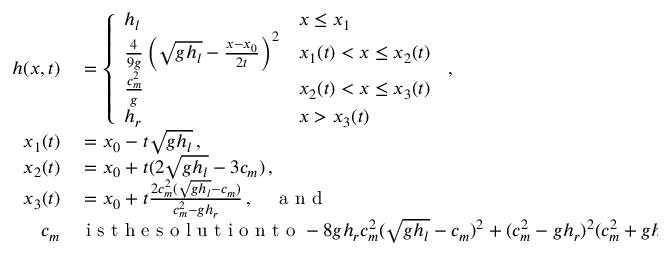
\begin{array} { r l } { h ( x , t ) } & { { } = \left\{ \begin{array} { l l } { h _ { l } } & { x \leq x _ { 1 } } \\ { \frac { 4 } { 9 g } \left( \sqrt { g h _ { l } } - \frac { x - x _ { 0 } } { 2 t } \right) ^ { 2 } } & { x _ { 1 } ( t ) < x \leq x _ { 2 } ( t ) } \\ { \frac { c _ { m } ^ { 2 } } { g } } & { x _ { 2 } ( t ) < x \leq x _ { 3 } ( t ) } \\ { h _ { r } } & { x > x _ { 3 } ( t ) } \end{array} \right. \, , } \\ { x _ { 1 } ( t ) } & { { } = x _ { 0 } - t \sqrt { g h _ { l } } \, , } \\ { x _ { 2 } ( t ) } & { { } = x _ { 0 } + t ( 2 \sqrt { g h _ { l } } - 3 c _ { m } ) \, , } \\ { x _ { 3 } ( t ) } & { { } = x _ { 0 } + t \frac { 2 c _ { m } ^ { 2 } ( \sqrt { g h _ { l } } - c _ { m } ) } { c _ { m } ^ { 2 } - g h _ { r } } \, , \quad \mathrm { ~ a ~ n ~ d ~ } } \\ { c _ { m } } & { { } \mathrm { ~ i ~ s ~ t ~ h ~ e ~ s ~ o ~ l ~ u ~ t ~ i ~ o ~ n ~ t ~ o ~ } - 8 g h _ { r } c _ { m } ^ { 2 } ( \sqrt { g h _ { l } } - c _ { m } ) ^ { 2 } + ( c _ { m } ^ { 2 } - g h _ { r } ) ^ { 2 } ( c _ { m } ^ { 2 } + g h _ { r } ) = 0 \, . } \end{array}